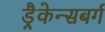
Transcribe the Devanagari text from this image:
ड्रैकेन्सबर्ग